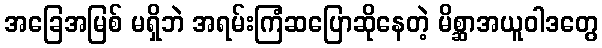
အခြေအမြစ် မရှိဘဲ အရမ်းကြံဆပြောဆိုနေတဲ့ မိစ္ဆာအယူဝါဒတွေ